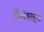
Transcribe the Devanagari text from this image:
श्रीलंकाइयों